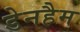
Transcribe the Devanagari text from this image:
डेनहैम